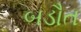
બડૌત